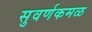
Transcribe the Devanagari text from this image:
सुवर्णकमळ